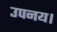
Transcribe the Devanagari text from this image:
उपनय।